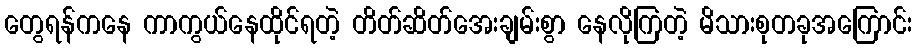
တွေရန်ကနေ ကာကွယ်နေထိုင်ရတဲ့ တိတ်ဆိတ်အေးချမ်းစွာ နေလိုကြတဲ့ မိသားစုတခုအကြောင်း